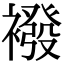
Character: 襏